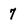
Character: 7